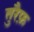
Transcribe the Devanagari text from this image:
तुरैफ़